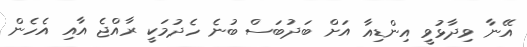
އޭނާ ވިދާޅުވީ އިންޑިއާ އަށް ބަދުބަސް ބުނެ ހެދުމަކީ ރާއްޖެ އާއި އެހެން